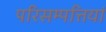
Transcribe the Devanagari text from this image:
परिसम्पत्तियां